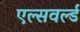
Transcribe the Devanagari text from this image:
एल्सवर्ल्ड